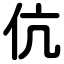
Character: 伉